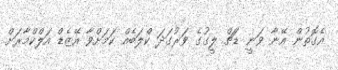
އެގޮތުން އޭނާ ވަނީ ޑަޗް ލީގުގެ ވަރުގަދަ ކްލަބެއް ކަމަށްވާ އޭޒެޑް އަލްކްމާރަށް